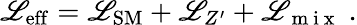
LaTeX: \mathscr{L}_{\mathrm{eff}}=\mathscr{L}_{\mathrm{SM}}+\mathscr{L}_{Z^{\prime}}+\mathscr{L}_{\mathrm{~m~i~x~}}\; .